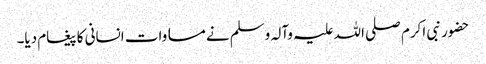
حضور نبی اکرم صلی اللہ علیہ وآلہ وسلم نے مساوات انسانی کا پیغام دیا۔